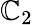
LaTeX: \mathbb{C}_{2}